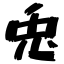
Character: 兎